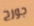
جورج